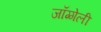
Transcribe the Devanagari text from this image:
जॉग्गेली